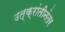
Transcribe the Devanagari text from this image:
उत्क्रांतीनंतर